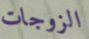
الزوجات